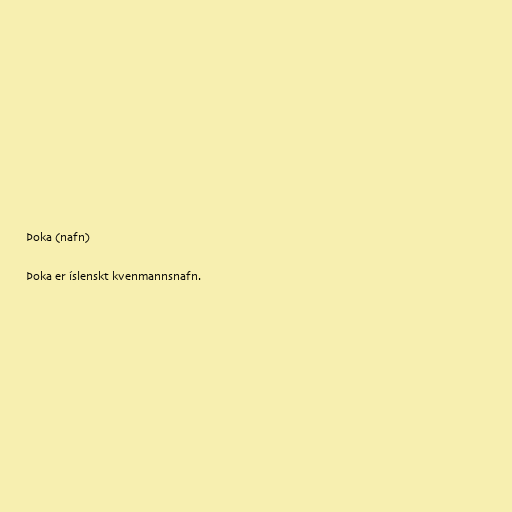
Þoka (nafn)

Þoka er íslenskt kvenmannsnafn.